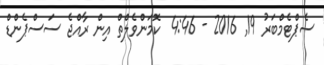
ސެޕްޓެމްބަރު 19